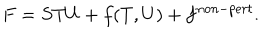
LaTeX: F = S T U + f ( T , U ) + f ^ { n o n - p e r t } .